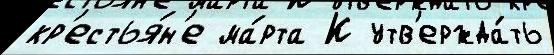
кр'естья́н'е ма́рта К утв'ержда́ть